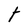
Character: t